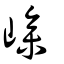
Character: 㠁